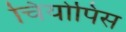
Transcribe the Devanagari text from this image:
चियोपिस